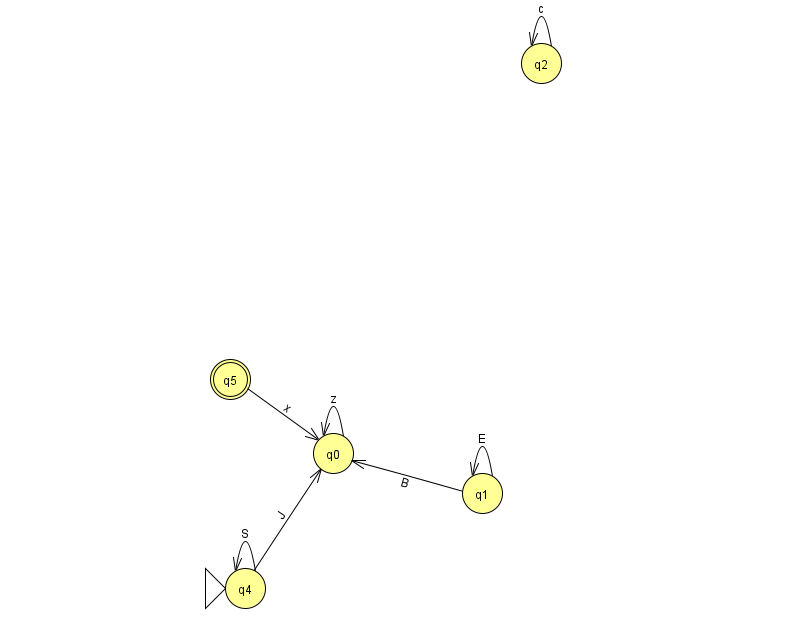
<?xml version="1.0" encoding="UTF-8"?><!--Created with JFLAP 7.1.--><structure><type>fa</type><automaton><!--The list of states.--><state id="0" name="q0"><x>333.0</x><y>440.0</y></state><state id="1" name="q1"><x>482.0</x><y>480.0</y></state><state id="2" name="q2"><x>541.0</x><y>50.0</y></state><state id="4" name="q4"><x>245.0</x><y>575.0</y><initial/></state><state id="5" name="q5"><x>230.0</x><y>366.0</y><final/></state><!--The list of transitions.--><transition><from>4</from><to>0</to><read>J</read></transition><transition><from>2</from><to>2</to><read>c</read></transition><transition><from>4</from><to>4</to><read>S</read></transition><transition><from>1</from><to>0</to><read>B</read></transition><transition><from>1</from><to>1</to><read>E</read></transition><transition><from>0</from><to>0</to><read>z</read></transition><transition><from>5</from><to>0</to><read>x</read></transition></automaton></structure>